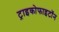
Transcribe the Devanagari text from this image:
ट्राइकोफाइटॉन